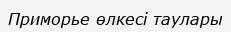
Приморье өлкесі таулары